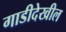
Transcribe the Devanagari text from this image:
गाडीदेखील